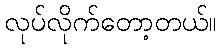
လုပ်လိုက်တော့တယ်။